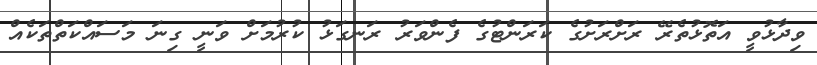
ވިދާޅުވީ އަތޮޅުތެރޭ ރަށްރަށުގެ ކަރަންޓުގެ ފެންވަރު ރަނގަޅު ކުރުމަށް ވަނީ ގިނަ މަސައްކަތްތަކެއް